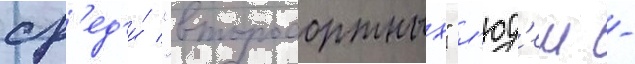
ср'ед'и́ "второсортных" л'юд'еи -